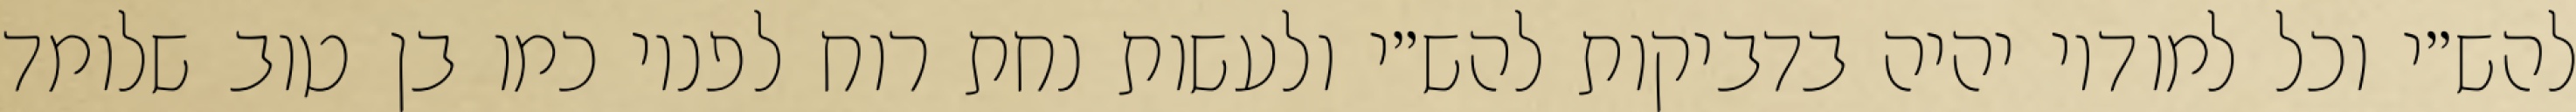
להש״י וכל למודיו יהיה בדביקות להש״י ולעשות נחת רוח לפניו כמו בן טוב שלומד